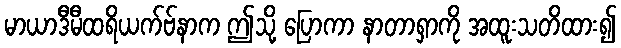
မာယာဒီမီထရိယက်ဗ်နာက ဤသို့ ပြောကာ နာတာရှာကို အထူးသတိထား၍